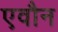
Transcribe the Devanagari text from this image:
एवौन